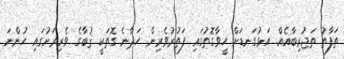
ތަފާތު ތަޖުރިބާއެއް. އަޅުގަނޑަށް ހީވާގޮތުގައި ފަތުރުވެރިން ހަދާނެ ގޮތަކީ ޤުބާގެ ވެރިރަށުގައި ހުންނަ